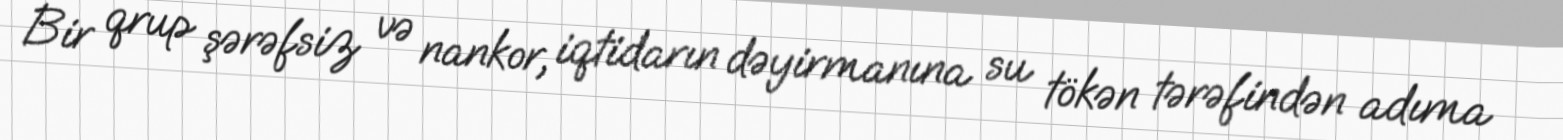
Bir qrup şərəfsiz və nankor, iqtidarın dəyirmanına su tökən tərəfindən adıma